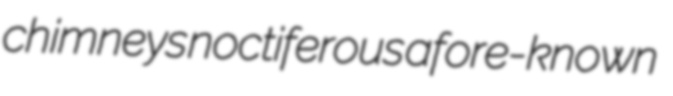
chimneys noctiferous afore-known